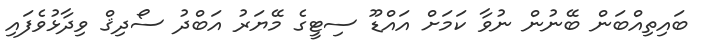
ބައިތިއްބަން ބޭނުން ނުވާ ކަމަށް އައްޑޫ ސިޓީގެ މޭޔަރު އަބްދު ސޯދިޤް ވިދާޅުވެފައި